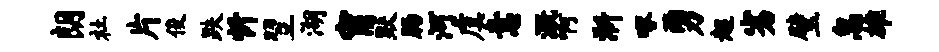
朗社片俊跌忻翌湖甯默肠河虞意溉啊淅啄勇超劣璧忽雄